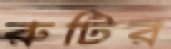
রুটির